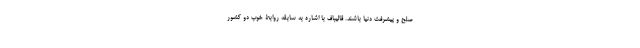
صلح و پیشرفت دنیا باشند. قالیباف با اشاره به سابقه روابط خوب دو کشور